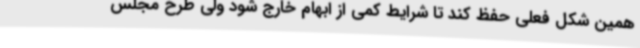
همین شکل فعلی حفظ کند تا شرایط کمی از ابهام خارج شود ولی طرح مجلس